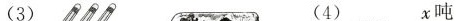
（3） （4） x吨